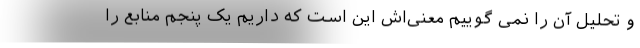
و تحلیل آن را نمی گوییم معنی‌اش این است که داریم یک پنجم منابع را